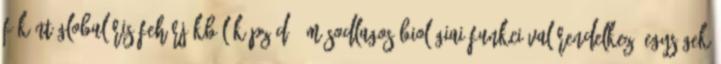
főként globuláris fehérjékből képződő, másodlagos biológiai funkcióval rendelkező egységek